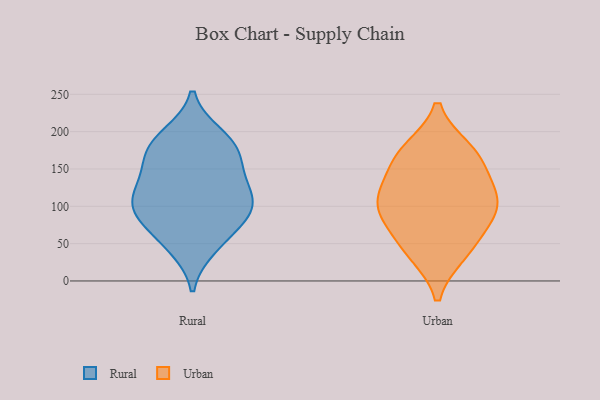
{"axis": {"x": "Inventory Turnover", "y": "Value"}, "legend": ["Rural", "Urban"], "data": [{"x": "", "y": 75, "type": "Rural"}, {"x": "", "y": 121, "type": "Rural"}, {"x": "", "y": 83, "type": "Rural"}, {"x": "", "y": 194, "type": "Rural"}, {"x": "", "y": 128, "type": "Rural"}, {"x": "", "y": 107, "type": "Rural"}, {"x": "", "y": 44, "type": "Rural"}, {"x": "", "y": 171, "type": "Rural"}, {"x": "", "y": 95, "type": "Rural"}, {"x": "", "y": 172, "type": "Rural"}, {"x": "", "y": 49, "type": "Rural"}, {"x": "", "y": 131, "type": "Rural"}, {"x": "", "y": 196, "type": "Rural"}, {"x": "", "y": 94, "type": "Rural"}, {"x": "", "y": 152, "type": "Rural"}, {"x": "", "y": 99, "type": "Rural"}, {"x": "", "y": 175, "type": "Rural"}, {"x": "", "y": 93, "type": "Urban"}, {"x": "", "y": 175, "type": "Urban"}, {"x": "", "y": 37, "type": "Urban"}, {"x": "", "y": 41, "type": "Urban"}, {"x": "", "y": 162, "type": "Urban"}, {"x": "", "y": 108, "type": "Urban"}, {"x": "", "y": 72, "type": "Urban"}, {"x": "", "y": 115, "type": "Urban"}, {"x": "", "y": 95, "type": "Urban"}, {"x": "", "y": 130, "type": "Urban"}, {"x": "", "y": 171, "type": "Urban"}]}